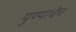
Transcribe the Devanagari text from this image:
पुण्याचेच